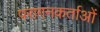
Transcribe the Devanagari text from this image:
परागनकर्ताओं